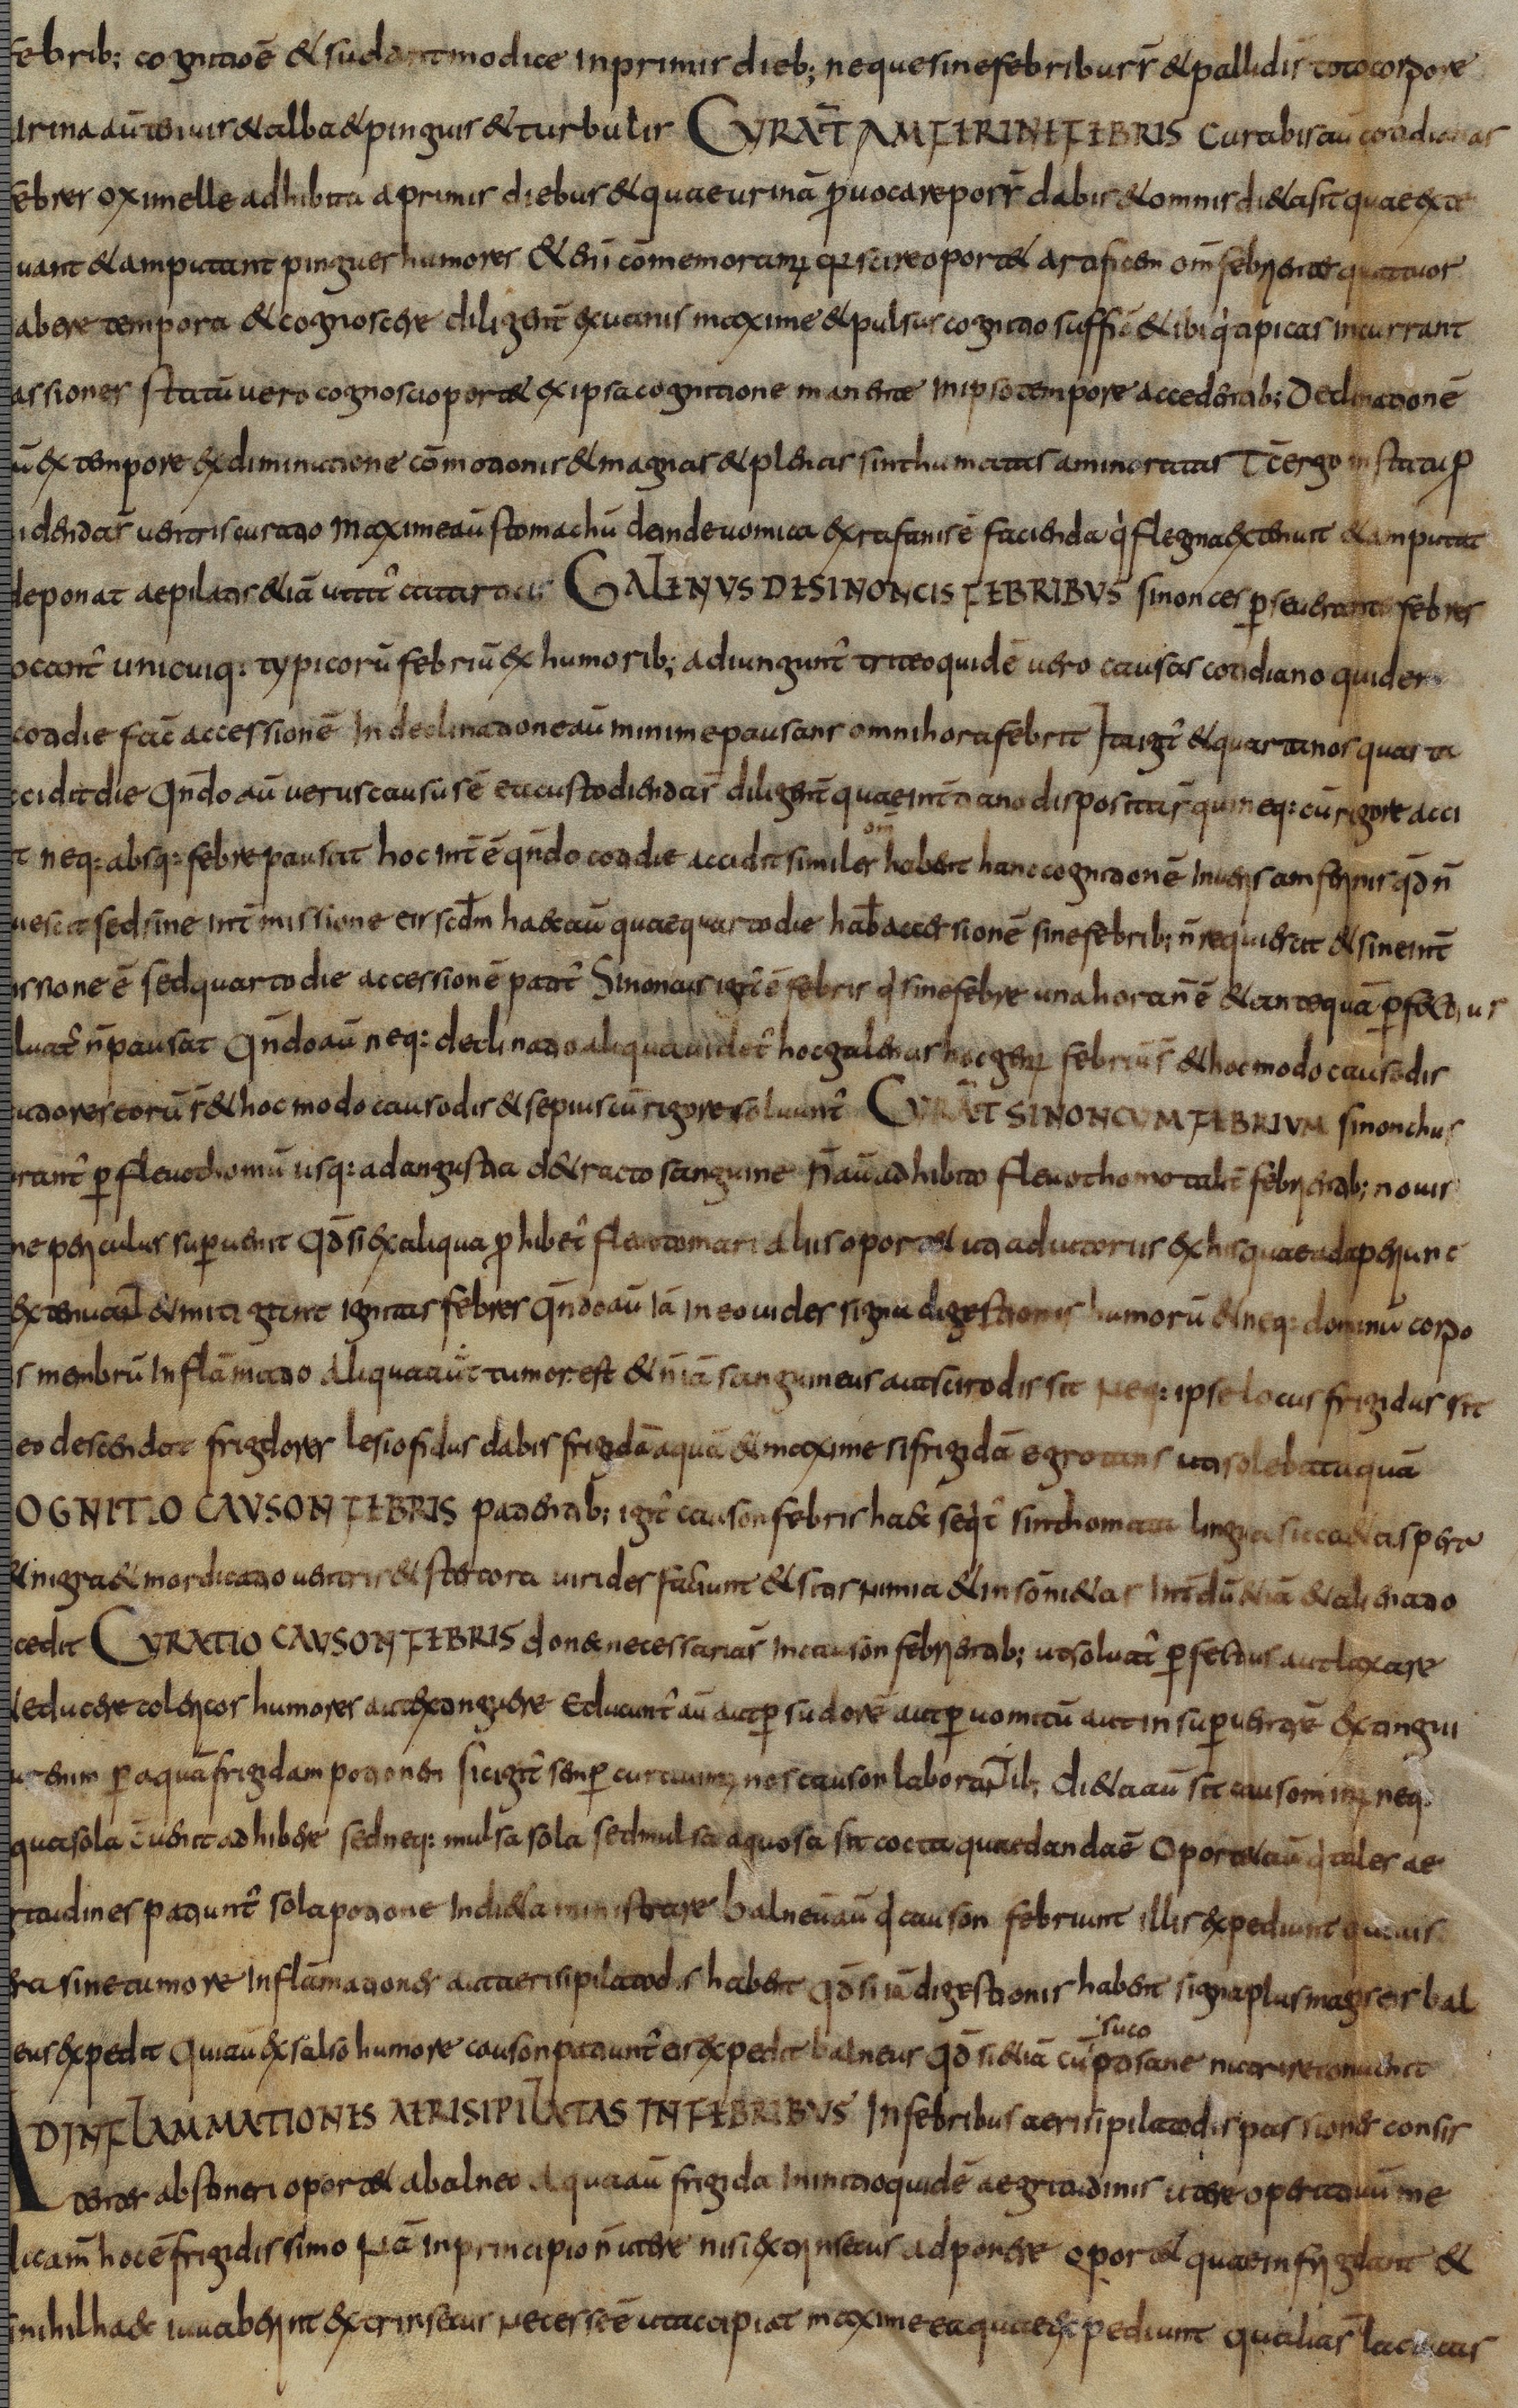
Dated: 800–830